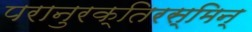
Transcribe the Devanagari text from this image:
परानुरक्तिरस्मिन्‌